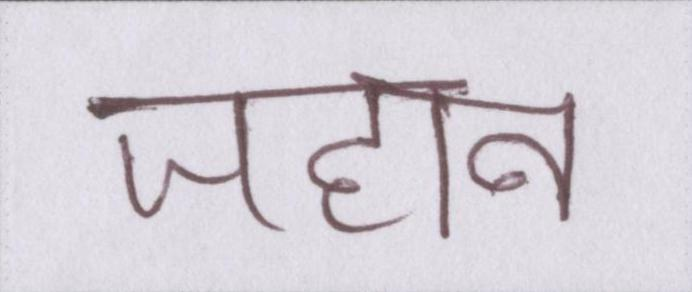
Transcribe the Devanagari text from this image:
जहान